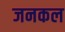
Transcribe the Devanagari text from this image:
जनकल